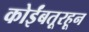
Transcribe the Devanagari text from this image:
कोईंबतूरहून